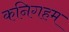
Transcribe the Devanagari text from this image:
कनिगहम